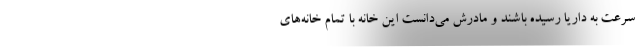
سرعت به داریا رسیده باشند و مادرش می‌دانست این خانه با تمام خانه‌های